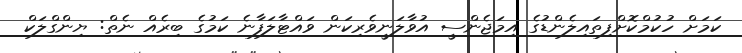
ކަމަށް ހުކުމްކޮށްފިތައިލެންޑުގެ އިމަޖެންސީ އުވާލަނީވެރިކަން ވައްޓާލަފާނެ ކަމުގެ ބިރެއް ނެތް: ޔިންގްލަކް